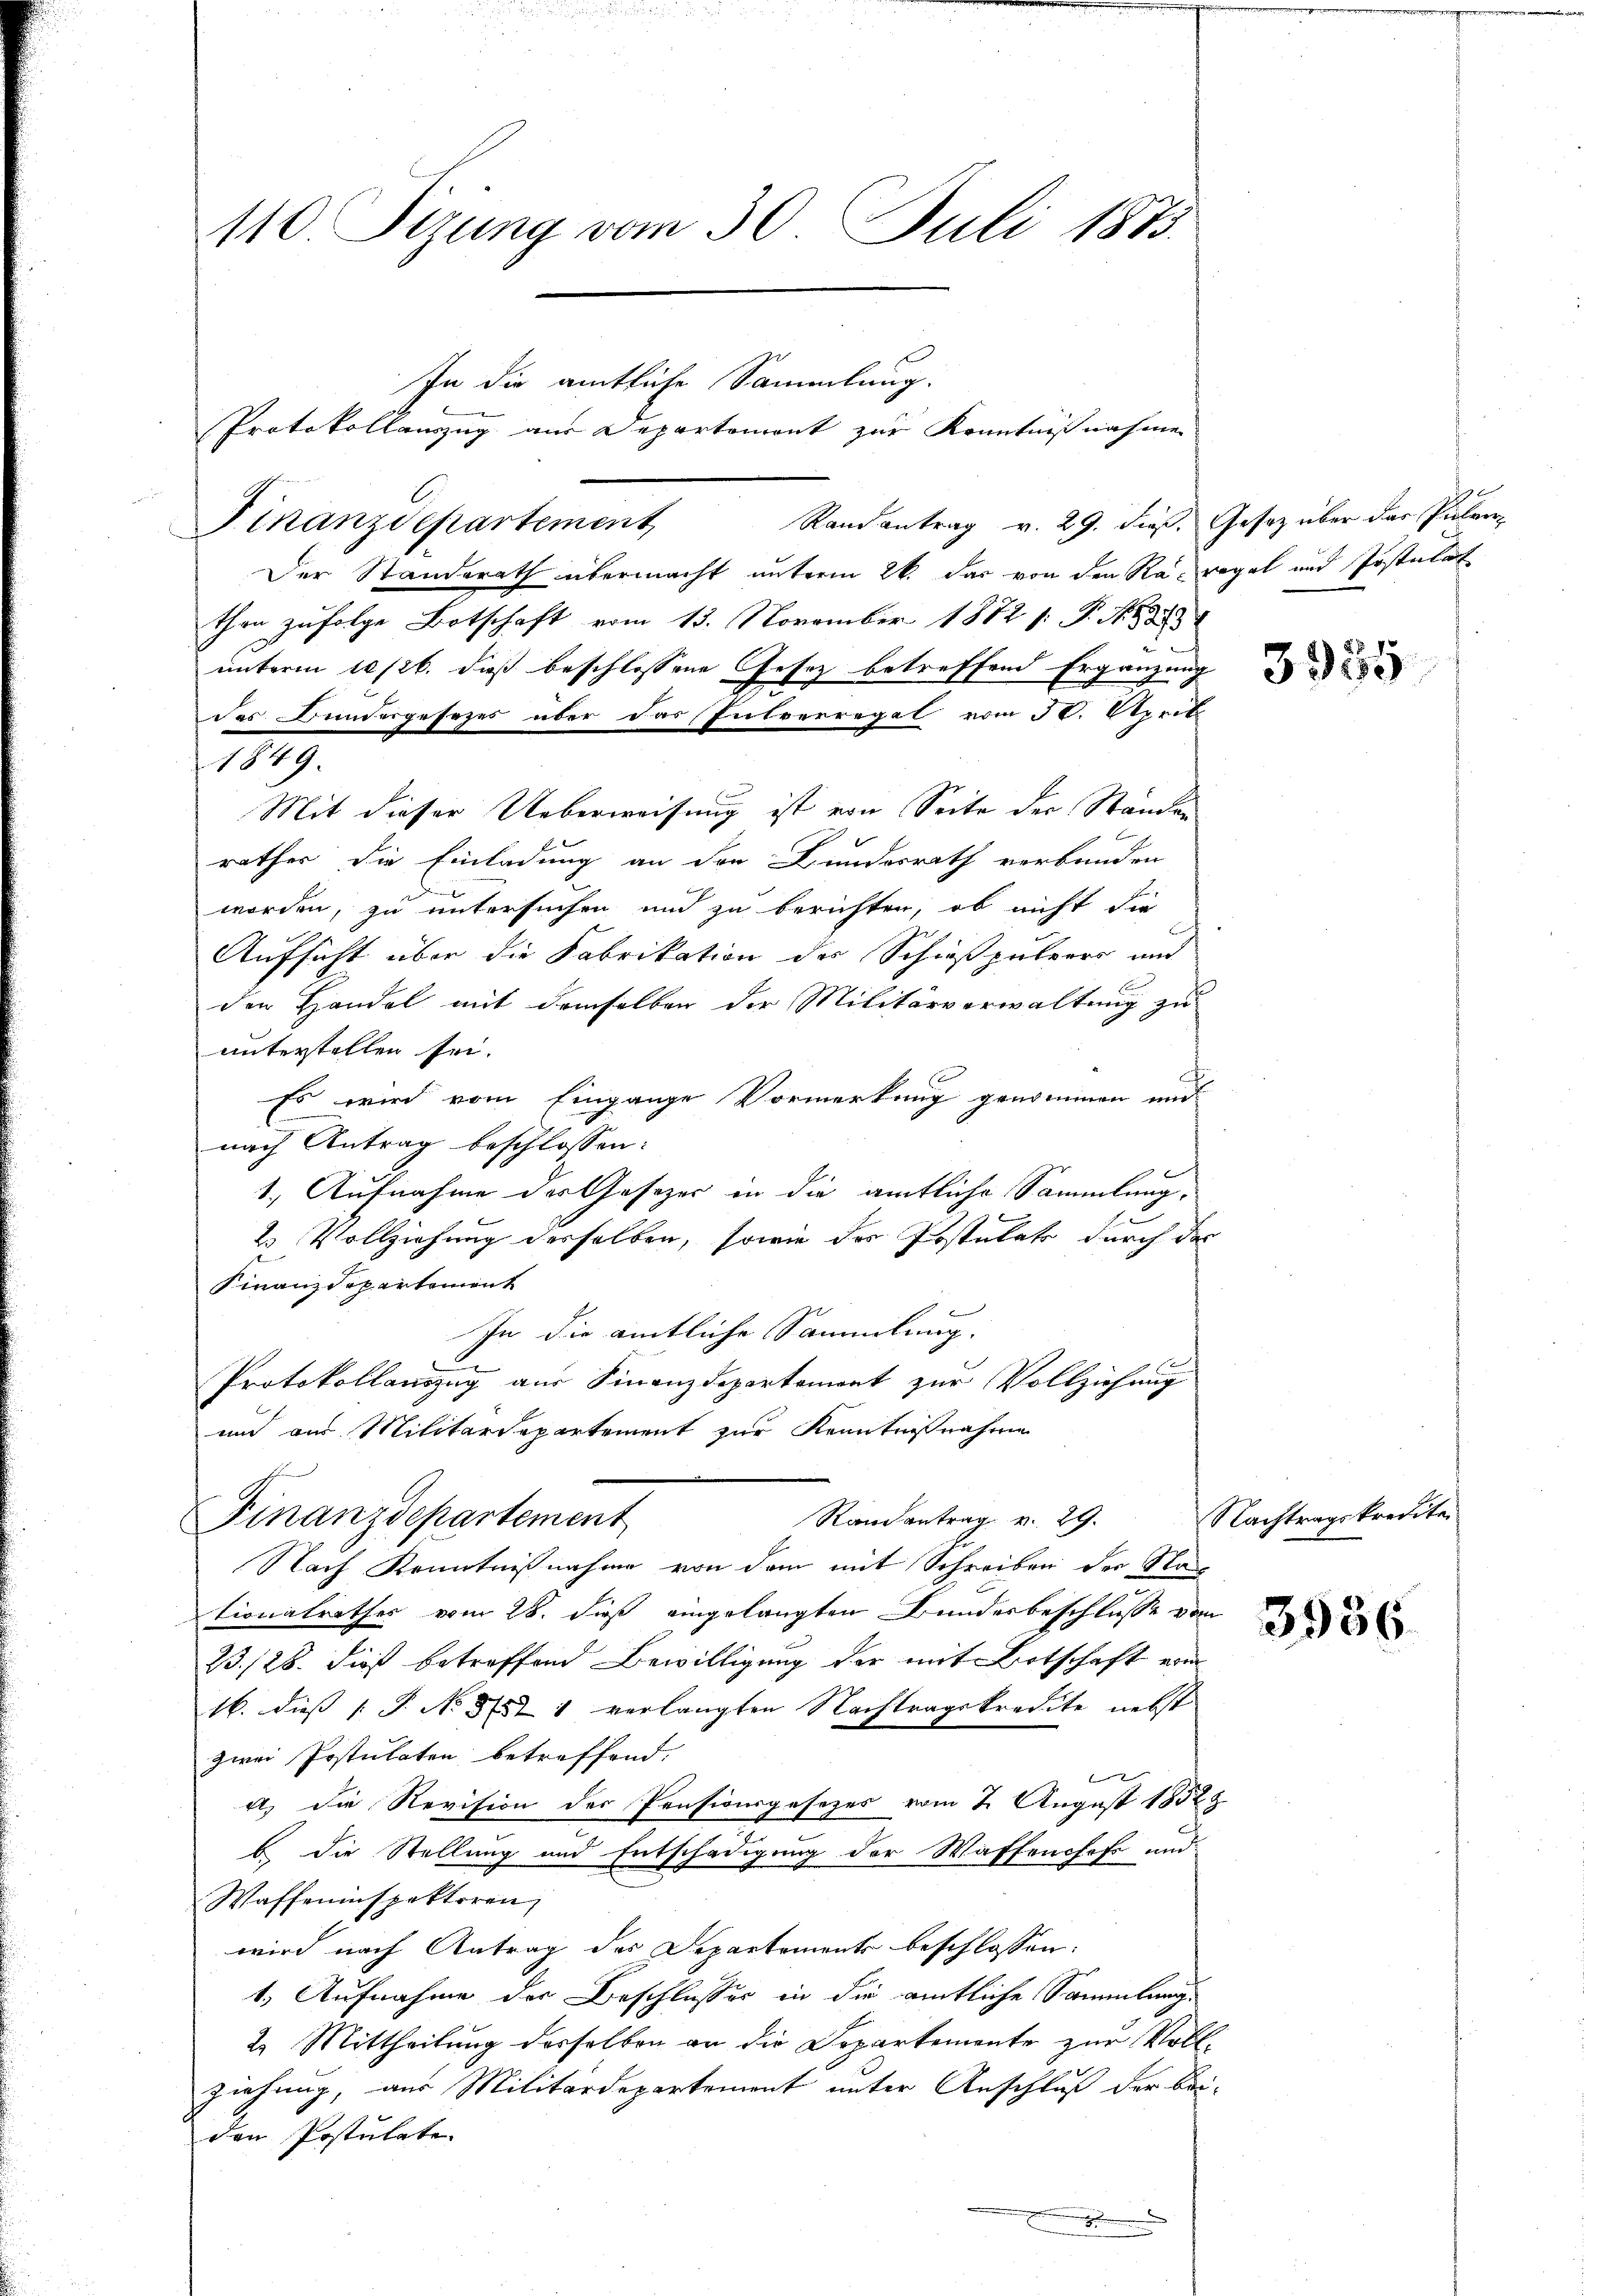
Der Standerath übermacht unterm 26. das von den Rat regel und Postulat
then zufolge Botschaft vom 13. November 1872 s. N. N. 3
unterm 10 (lt. dieß beschlossene Gesetz betreffend Ergänzung
des Bundergesezes über das Pulverregel vom 30. April
1849.
Mit dieser Ueberweisung ist von Seite der Ständen
rathes die Einladung an den Bundesrath verbunden
i
worden, zu untersuchen und zu berichten, ob nicht die
Aufsicht über die Fabrikation des Schießpulvers und
den Handel mit demselben der Militärverwaltung zu
unterstellen sei.
Es wird vom Eingange Vormerkung genommen und
nach Antrag beschlossen:
1. Aufnahme des Gesetzer in die amtliche Sammlung,
2 Vollziehung derselben, sowie des Postulats durch das
Finanzdepartement
In die amtliche Sammlung.
Protokollauszug aus Finanzdepartement zur Vollziehung
und aus Militärdepartement zur Kenntnißnahme
Randantrag v. 29.
Finanzdepartement
Nach Kenntnißnahme von dem mit Schreiben der Nac
tionalrathes vom 28. dieß eingelangten Bundesbeschlüsse vom
23./26. dieß betreffend Bewilligung der mit Botschaft vom
16. dies P. No 81571 verlangten Nachtragskredite nebst
zwei Postulaten betreffend.
2
a. Die Revision der Pensionsgesezes vom 2. August 1852
b. die Stellung und Entschädigung der Waffenhofs und
Waffeninspektoren,
wird nach Antrag des Departements beschlossen.
1.) Aufnahme der Beschlusses in die amtliche Sammlung
2. Mittheilung desselben an die Departemente zur Voll-
ziehung, aus Militärdepartement unter Anschluß der beiden Postulate.

Finanzdepartement

110 Sizung vom 30. Juli 1873.
In die amtliche Sammlung.
Protokollauszug aus Departement zur Kenntnißnahmen

Randantrag v. 29. dieß. Gesetz über das Pulver¬

.

e

3935

Nachtragskredita¬

3956